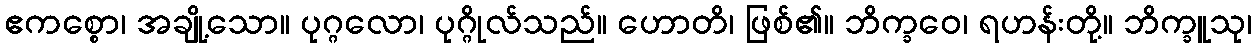
ဧကစ္စော၊ အချို့သော။ ပုဂ္ဂလော၊ ပုဂ္ဂိုလ်သည်။ ဟောတိ၊ ဖြစ်၏။ ဘိက္ခဝေ၊ ရဟန်းတို့။ ဘိက္ခူသု၊